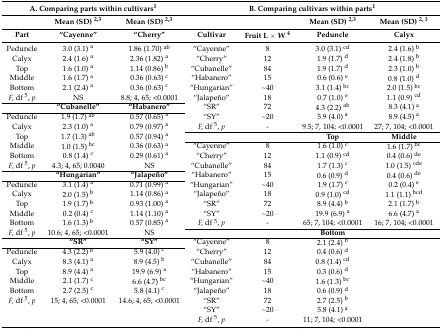
<table><thead><tr><td colspan="3"><b>A. Comparing parts within cultivars<sup>1</sup></b></td><td colspan="4"><b>B. Comparing cultivars within parts<sup>1</sup></b></td></tr><tr><td></td><td><b>Mean (SD) <sup>2,3</sup></b></td><td><b>Mean (SD) <sup>2,3</sup></b></td><td></td><td></td><td><b>Mean (SD) <sup>2,3</sup></b></td><td><b>Mean (SD) <sup>2, 3</sup></b></td></tr><tr><td><b>Part</b></td><td><b>“Cayenne”</b></td><td><b>“Cherry”</b></td><td><b>Cultivar</b></td><td><b>Fruit L × W <sup>4</sup></b></td><td><b>Peduncle</b></td><td><b>Calyx</b></td></tr></thead><tbody><tr><td>Peduncle</td><td>3.0 (3.1) <sup>a</sup></td><td>1.86 (1.70) <sup>ab</sup></td><td>“Cayenne”</td><td>8</td><td>3.0 (3.1) <sup>cd</sup></td><td>2.4 (1.6) <sup>b</sup></td></tr><tr><td>Calyx</td><td>2.4 (1.6) <sup>a</sup></td><td>2.36 (1.82) <sup>a</sup></td><td>“Cherry”</td><td>12</td><td>1.9 (1.7) <sup>d</sup></td><td>2.4 (1.8) <sup>b</sup></td></tr><tr><td>Top</td><td>1.6 (1.0) <sup>a</sup></td><td>1.14 (0.86) <sup>b</sup></td><td>“Cubanelle”</td><td>84</td><td>1.9 (1.7) <sup>d</sup></td><td>2.3 (1.0) <sup>b</sup></td></tr><tr><td>Middle</td><td>1.6 (1.7) <sup>a</sup></td><td>0.36 (0.63) <sup>c</sup></td><td>“Habanero”</td><td>15</td><td>0.6 (0.6) <sup>e</sup></td><td>0.8 (1.0) <sup>d</sup></td></tr><tr><td>Bottom</td><td>2.1 (2.4) <sup>a</sup></td><td>0.36 (0.63) <sup>c</sup></td><td>“Hungarian”</td><td>~40</td><td>3.1 (1.4) <sup>bc</sup></td><td>2.0 (1.5) <sup>bc</sup></td></tr><tr><td><i>F,</i> df <sup>5</sup>, <i>p</i></td><td>NS</td><td>8.8; 4, 65; &lt;0.0001</td><td>“Jalapeño”</td><td>18</td><td>0.7 (1.0) <sup>e</sup></td><td>1.1 (0.9) <sup>cd</sup></td></tr><tr><td></td><td><b>“Cubanelle”</b></td><td><b>“Habanero”</b></td><td>“SR”</td><td>72</td><td>4.3 (2.2) <sup>ab</sup></td><td>8.3 (4.1) <sup>a</sup></td></tr><tr><td>Peduncle</td><td>1.9 (1.7) <sup>ab</sup></td><td>0.57 (0.65) <sup>a</sup></td><td>“SY”</td><td>~20</td><td>5.9 (4.0) <sup>a</sup></td><td>8.9 (4.5) <sup>a</sup></td></tr><tr><td>Calyx</td><td>2.3 (1.0) <sup>a</sup></td><td>0.79 (0.97) <sup>a</sup></td><td><i>F,</i> df <sup>5</sup>, <i>p</i></td><td>-</td><td>9.5; 7, 104; &lt;0.0001</td><td>27; 7, 104; &lt;0.0001</td></tr><tr><td>Top</td><td>1.7 (1.3) <sup>ab</sup></td><td>0.57 (0.94) <sup>a</sup></td><td></td><td></td><td><b>Top</b></td><td><b>Middle</b></td></tr><tr><td>Middle</td><td>1.0 (1.5) <sup>bc</sup></td><td>0.36 (0.63) <sup>a</sup></td><td>“Cayenne”</td><td>8</td><td>1.6 (1.0) <sup>c</sup></td><td>1.6 (1.7) <sup>bc</sup></td></tr><tr><td>Bottom</td><td>0.8 (1.4) <sup>c</sup></td><td>0.29 (0.61) <sup>a</sup></td><td>“Cherry”</td><td>12</td><td>1.1 (0.9) <sup>cd</sup></td><td>0.4 (0.6) <sup>de</sup></td></tr><tr><td><i>F,</i> df <sup>5</sup>, <i>p</i></td><td>4.3; 4, 65; 0.0040</td><td>NS</td><td>“Cubanelle”</td><td>84</td><td>1.7 (1.3) <sup>c</sup></td><td>1.0 (1.5) <sup>cde</sup></td></tr><tr><td></td><td><b>“Hungarian”</b></td><td><b>“Jalapeño”</b></td><td>“Habanero”</td><td>15</td><td>0.6 (0.9) <sup>d</sup></td><td>0.4 (0.6) <sup>de</sup></td></tr><tr><td>Peduncle</td><td>3.1 (1.4) <sup>a</sup></td><td>0.71 (0.99) <sup>a</sup></td><td>“Hungarian”</td><td>~40</td><td>1.9 (1.7) <sup>c</sup></td><td>0.2 (0.4) <sup>e</sup></td></tr><tr><td>Calyx</td><td>2.0 (1.5) <sup>b</sup></td><td>1.14 (0.86) <sup>a</sup></td><td>“Jalapeño”</td><td>18</td><td>0.9 (1.0) <sup>cd</sup></td><td>1.1 (1.1) <sup>bcd</sup></td></tr><tr><td>Top</td><td>1.9 (1.7) <sup>b</sup></td><td>0.93 (1.00) <sup>a</sup></td><td>“SR”</td><td>72</td><td>8.9 (4.4) <sup>b</sup></td><td>2.1 (1.7) <sup>b</sup></td></tr><tr><td>Middle</td><td>0.2 (0.4) <sup>c</sup></td><td>1.14 (1.10) <sup>a</sup></td><td>“SY”</td><td>~20</td><td>19.9 (6.9) <sup>a</sup></td><td>6.6 (4.7) <sup>a</sup></td></tr><tr><td>Bottom</td><td>1.6 (1.3) <sup>b</sup></td><td>0.57 (0.85) <sup>a</sup></td><td><i>F,</i> df <sup>5</sup>, <i>p</i></td><td>-</td><td>65; 7, 104; &lt;0.0001</td><td>16; 7, 104; &lt;0.0001</td></tr><tr><td><i>F,</i> df <sup>5</sup>, <i>p</i></td><td>10.6; 4, 65; &lt;0.0001</td><td>NS</td><td></td><td></td><td><b>Bottom</b></td><td></td></tr><tr><td></td><td><b>“SR”</b></td><td><b>“SY”</b></td><td>“Cayenne”</td><td>8</td><td>2.1 (2.4) <sup>b</sup></td><td></td></tr><tr><td>Peduncle</td><td>4.3 (2.2) <sup>b</sup></td><td>5.9 (4.0) <sup>c</sup></td><td>“Cherry”</td><td>12</td><td>0.4 (0.6) <sup>d</sup></td><td></td></tr><tr><td>Calyx</td><td>8.3 (4.1) <sup>a</sup></td><td>8.9 (4.5) <sup>b</sup></td><td>“Cubanelle”</td><td>84</td><td>0.8 (1.4) <sup>cd</sup></td><td></td></tr><tr><td>Top</td><td>8.9 (4.4) <sup>a</sup></td><td>19.9 (6.9) <sup>a</sup></td><td>“Habanero”</td><td>15</td><td>0.3 (0.6) <sup>d</sup></td><td></td></tr><tr><td>Middle</td><td>2.1 (1.7) <sup>c</sup></td><td>6.6 (4.7) <sup>bc</sup></td><td>“Hungarian”</td><td>~40</td><td>1.6 (1.3) <sup>bc</sup></td><td></td></tr><tr><td>Bottom</td><td>2.7 (2.5) <sup>c</sup></td><td>5.8 (4.1) <sup>c</sup></td><td>“Jalapeño”</td><td>18</td><td>0.6 (0.9) <sup>d</sup></td><td></td></tr><tr><td><i>F,</i> df <sup>5</sup>, <i>p</i></td><td>15; 4, 65; &lt;0.0001</td><td>14.6; 4, 65; &lt;0.0001</td><td>“SR”</td><td>72</td><td>2.7 (2.5) <sup>b</sup></td><td></td></tr><tr><td></td><td></td><td></td><td>“SY”</td><td>~20</td><td>5.8 (4.1) <sup>a</sup></td><td></td></tr><tr><td></td><td></td><td></td><td><i>F,</i> df <sup>5</sup>, <i>p</i></td><td>-</td><td>11; 7, 104; &lt;0.0001</td><td></td></tr></tbody></table>